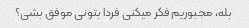
بله، مجبوریم فکر میکنی فردا بتونی موفق بشی؟